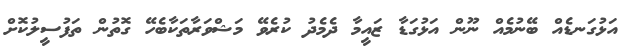
އަޅުގަނޑެއް ބޭނުމެއް ނޫން އަޅުގަޑާ ޒައީމާ ދެމެދު ކުރެވޭ މަޝްވަރާތަކާބެހޭ ގޮތުން ތަފުސީލުކޮށް